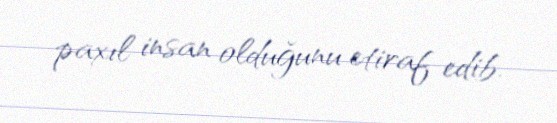
paxıl insan olduğunu etiraf edib.